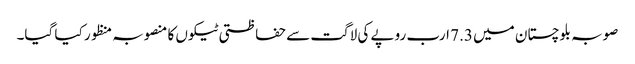
صوبہ بلوچستان میں 7.3 ارب روپے کی لاگت سے حفاظتی ٹیکوں کا منصوبہ منظور کیا گیا۔